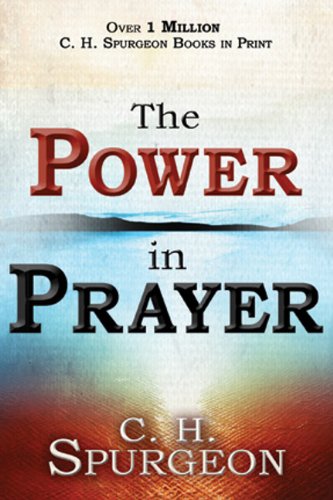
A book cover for Power In Prayer; SPURGEON C H; Religion & Spirituality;